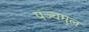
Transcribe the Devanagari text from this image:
पञ्चमुल